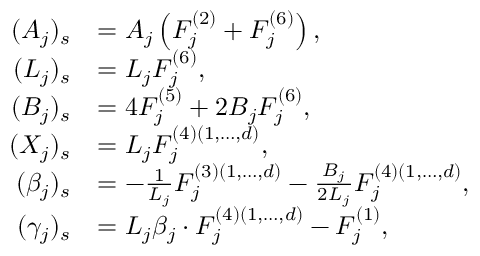
\begin{array} { r l } { ( A _ { j } ) _ { s } } & { = A _ { j } \left( F _ { j } ^ { ( 2 ) } + F _ { j } ^ { ( 6 ) } \right) , } \\ { ( L _ { j } ) _ { s } } & { = L _ { j } F _ { j } ^ { ( 6 ) } , } \\ { ( B _ { j } ) _ { s } } & { = 4 F _ { j } ^ { ( 5 ) } + 2 B _ { j } F _ { j } ^ { ( 6 ) } , } \\ { ( X _ { j } ) _ { s } } & { = L _ { j } F _ { j } ^ { ( 4 ) ( 1 , \dots , d ) } , } \\ { ( \beta _ { j } ) _ { s } } & { = - \frac { 1 } { L _ { j } } F _ { j } ^ { ( 3 ) ( 1 , \dots , d ) } - \frac { B _ { j } } { 2 L _ { j } } F _ { j } ^ { ( 4 ) ( 1 , \dots , d ) } , } \\ { ( \gamma _ { j } ) _ { s } } & { = L _ { j } \beta _ { j } \cdot F _ { j } ^ { ( 4 ) ( 1 , \dots , d ) } - F _ { j } ^ { ( 1 ) } , } \end{array}